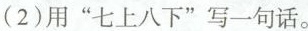
(2)用”七上八下”写一句话。